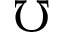
\mho